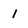
Character: 1